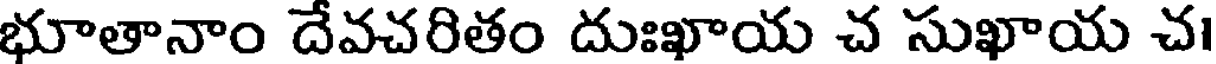
భూతానాం దేవచరితం దుఃఖాయ చ సుఖాయ చ